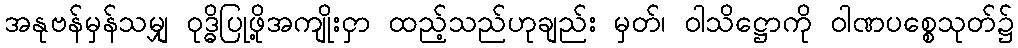
အနုဗန်မှန်သမျှ ဝုဒ္ဓိပြုဖို့အကျိုးငှာ ထည့်သည်ဟုချည်း မှတ်၊ ဝါသိဋ္ဌောကို ဝါဏပစ္စေသုတ်၌